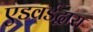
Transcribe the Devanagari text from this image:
एडवर्डद्वारा